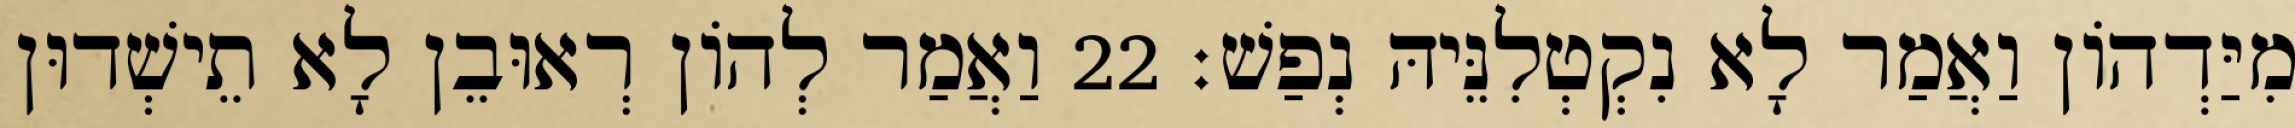
מִיַּדְהוֹן וַאֲמַר לָא נִקְטְלִנֵּיהּ נְפַשׁ׃ 22 וַאֲמַר לְהוֹן רְאוּבֵן לָא תֵישְׁדוּן